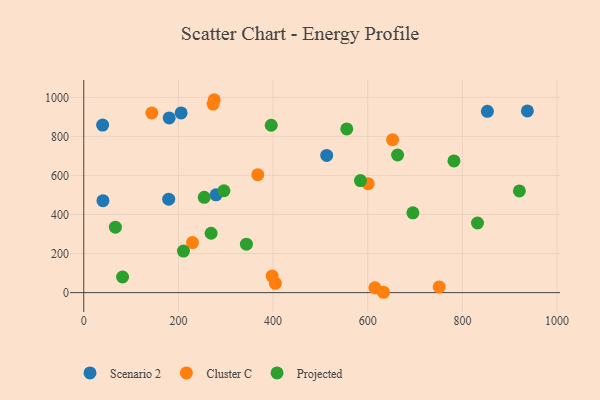
{"axis": {"x": "Study Hours", "y": "Salary"}, "legend": ["Cluster C", "Projected", "Scenario 2"], "data": [{"x": "205.8", "y": 919.9, "type": "Scenario 2"}, {"x": "937.3", "y": 930.5, "type": "Scenario 2"}, {"x": "39.9", "y": 857.7, "type": "Scenario 2"}, {"x": "180.5", "y": 894.6, "type": "Scenario 2"}, {"x": "852.8", "y": 928.3, "type": "Scenario 2"}, {"x": "279.5", "y": 500.8, "type": "Scenario 2"}, {"x": "513.3", "y": 702.5, "type": "Scenario 2"}, {"x": "179.5", "y": 478.7, "type": "Scenario 2"}, {"x": "40.6", "y": 470.9, "type": "Scenario 2"}, {"x": "404.8", "y": 47.8, "type": "Cluster C"}, {"x": "229.8", "y": 256.5, "type": "Cluster C"}, {"x": "751.0", "y": 29.0, "type": "Cluster C"}, {"x": "398.0", "y": 84.9, "type": "Cluster C"}, {"x": "273.3", "y": 965.6, "type": "Cluster C"}, {"x": "275.6", "y": 987.7, "type": "Cluster C"}, {"x": "143.9", "y": 919.9, "type": "Cluster C"}, {"x": "600.9", "y": 558.1, "type": "Cluster C"}, {"x": "615.1", "y": 24.8, "type": "Cluster C"}, {"x": "367.7", "y": 604.1, "type": "Cluster C"}, {"x": "652.5", "y": 783.2, "type": "Cluster C"}, {"x": "633.3", "y": 1.8, "type": "Cluster C"}, {"x": "584.6", "y": 573.8, "type": "Projected"}, {"x": "782.2", "y": 674.4, "type": "Projected"}, {"x": "82.0", "y": 79.9, "type": "Projected"}, {"x": "555.7", "y": 838.0, "type": "Projected"}, {"x": "663.1", "y": 704.8, "type": "Projected"}, {"x": "343.7", "y": 248.0, "type": "Projected"}, {"x": "831.9", "y": 356.6, "type": "Projected"}, {"x": "396.1", "y": 857.0, "type": "Projected"}, {"x": "66.9", "y": 335.2, "type": "Projected"}, {"x": "695.4", "y": 408.8, "type": "Projected"}, {"x": "254.6", "y": 488.2, "type": "Projected"}, {"x": "210.7", "y": 212.9, "type": "Projected"}, {"x": "269.1", "y": 304.1, "type": "Projected"}, {"x": "296.2", "y": 521.7, "type": "Projected"}, {"x": "920.4", "y": 520.7, "type": "Projected"}]}